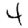
Digit: 4